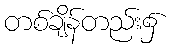
တစ်ချိန်တည်း၌